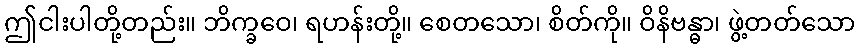
ဤငါးပါတို့တည်း။ ဘိက္ခဝေ၊ ရဟန်းတို့။ စေတသော၊ စိတ်ကို။ ဝိနိဗန္ဓာ၊ ဖွဲ့တတ်သော